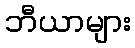
ဘီယာများ